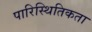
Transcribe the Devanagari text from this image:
पारिस्थितिकता